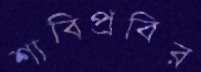
শাবিপ্রবির